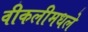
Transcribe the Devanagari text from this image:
वीकलीमधले